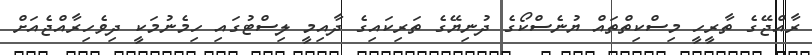
ރާއްޖޭގެ ތާރީހީ މިސްކިތްތައް ޔުނެސްކޯގެ ދުނިޔޭގެ ތަރިކައިގެ ދާއިމީ ލިސްޓުގައި ހިމެނުމަކީ ދިވެހިރާއްޖެއަށް